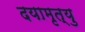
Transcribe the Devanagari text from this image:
दयामृत्यु